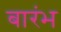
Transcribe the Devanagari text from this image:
बारंभ